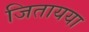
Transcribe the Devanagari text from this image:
जितायया